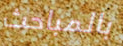
بالمباحث